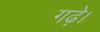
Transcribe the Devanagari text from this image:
गढ़े।